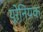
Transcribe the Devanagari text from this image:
यूरेनियक